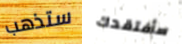
ستذهب سأفتقدك